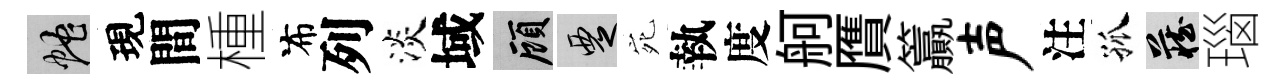
蛇現間㮔布列淡域顧覂宛執度舸贋籯声注孤藏瑙